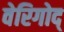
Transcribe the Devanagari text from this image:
वेरिगोद्